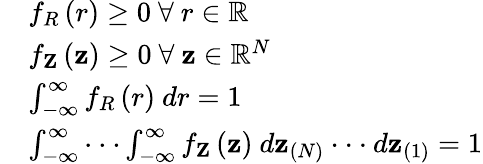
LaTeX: \begin{array}{rl}&{f_{R}\left(r\right)\geq 0\ \forall\ r\in\mathbb{R}}\\ &{f_{\mathbf{Z}}\left(\mathbf{z}\right)\geq 0\ \forall\ \mathbf{z}\in\mathbb{R}^{N}}\\ &{\int_{-\infty}^{\infty}f_{R}\left(r\right)\ dr=1}\\ &{\int_{-\infty}^{\infty}\cdot\cdot\cdot\int_{-\infty}^{\infty}f_{\mathbf{Z}}\left(\mathbf{z}\right)\ d\mathbf{z}_{(N)}\cdot\cdot\cdot d\mathbf{z}_{(1)}=1}\end{array}